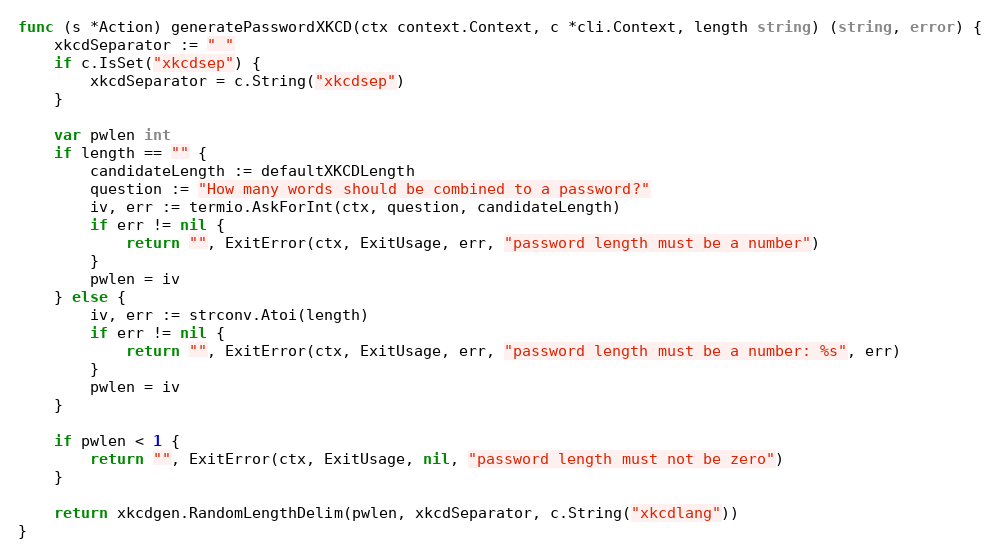
Language: Go
func (s *Action) generatePasswordXKCD(ctx context.Context, c *cli.Context, length string) (string, error) {
	xkcdSeparator := " "
	if c.IsSet("xkcdsep") {
		xkcdSeparator = c.String("xkcdsep")
	}

	var pwlen int
	if length == "" {
		candidateLength := defaultXKCDLength
		question := "How many words should be combined to a password?"
		iv, err := termio.AskForInt(ctx, question, candidateLength)
		if err != nil {
			return "", ExitError(ctx, ExitUsage, err, "password length must be a number")
		}
		pwlen = iv
	} else {
		iv, err := strconv.Atoi(length)
		if err != nil {
			return "", ExitError(ctx, ExitUsage, err, "password length must be a number: %s", err)
		}
		pwlen = iv
	}

	if pwlen < 1 {
		return "", ExitError(ctx, ExitUsage, nil, "password length must not be zero")
	}

	return xkcdgen.RandomLengthDelim(pwlen, xkcdSeparator, c.String("xkcdlang"))
}